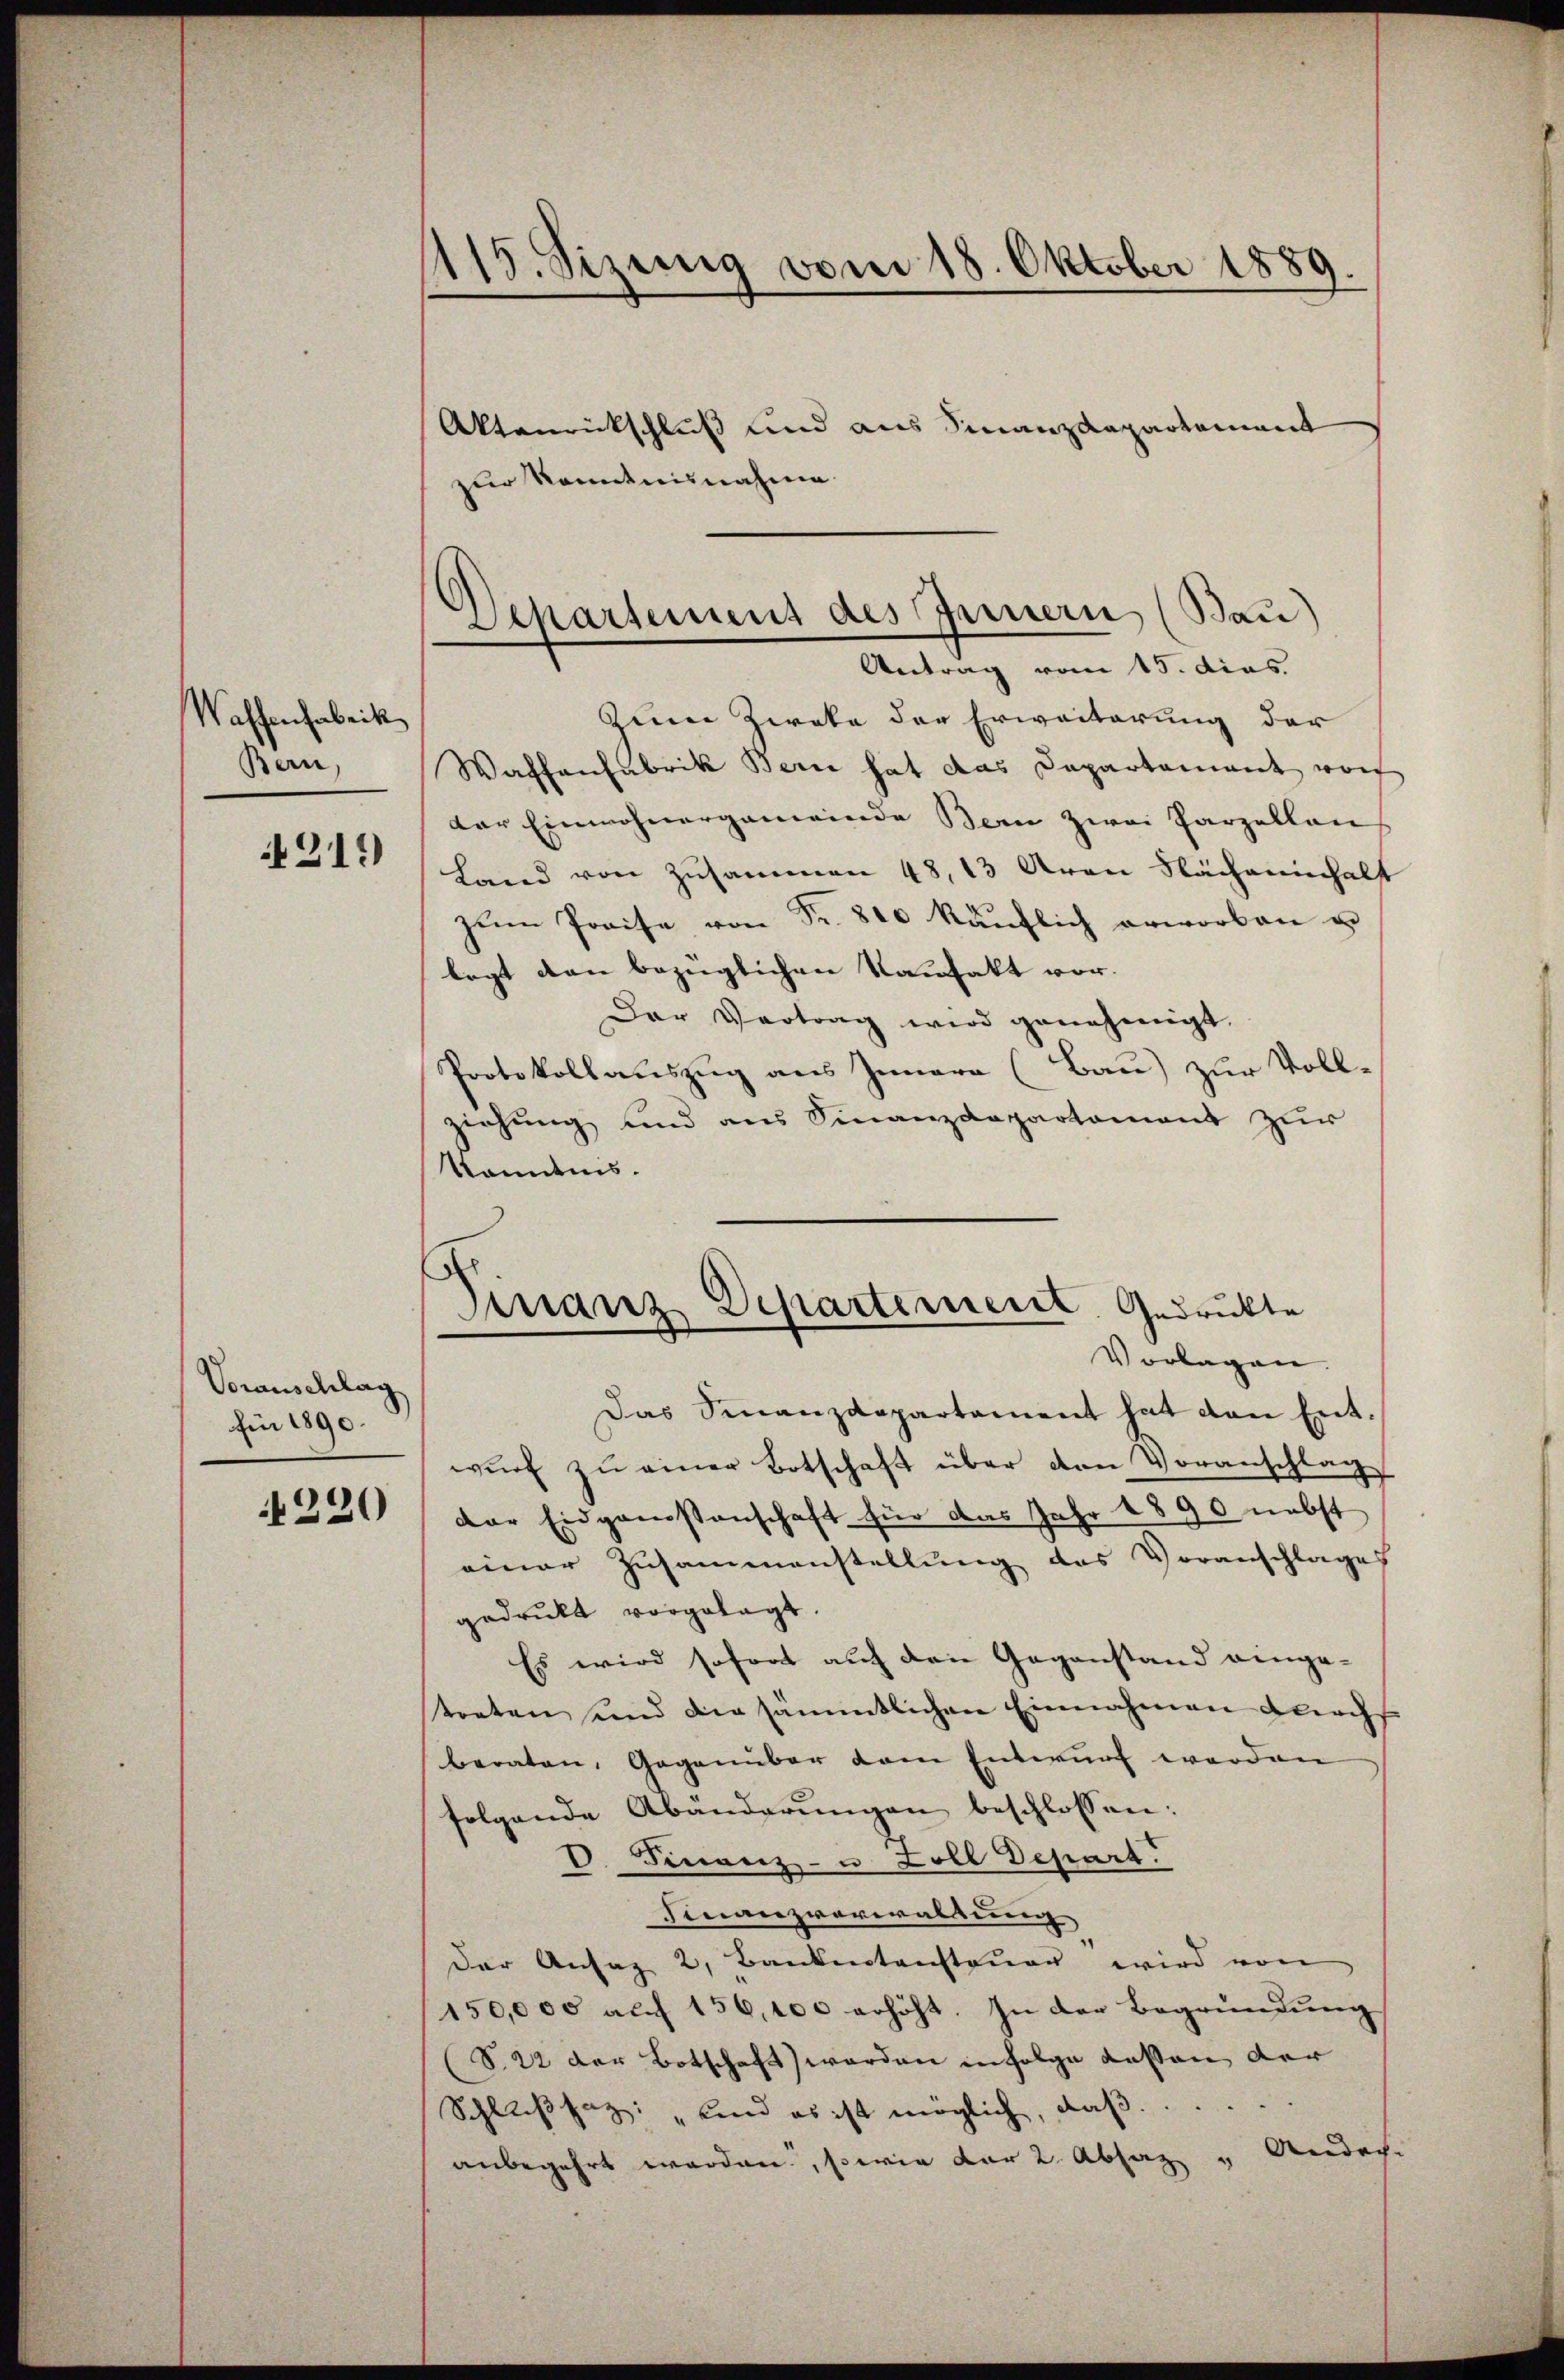
Waffenfabrik
Bern,
4219)

Voranschlag
für 1890.
220

115. Jizung vom 18. Oktober 1889.

Aktenrückschluß und aus Finanzdepartement
zur Kenntnisnahme
Zum Zweka der Erweiterung der
Wachenfabrik Bern hat das Departement wor
dar Einwohnergemeinde Bern zwei Parzellan
Land von Zusammen 48, 13 Arau Nächeninhalt
zŭm Preise von Fr. 800 käŭflich erworben u
legt den bezüglichen Kaufakt vor.
Der Vertrag wird genehmigt.
Protokollauszug aus Innern (Bau) zur Voll-
ziehung und aus Finanzdepartament zur
kanntnis.

Departement des Innern (Bau)
Antrag vom 15. dies

Finanz Departement Gedruckte
Vorlagen.

Das Finanzdepartement hat den Entwŭrf zu einer Botschaft über den Voranschlag
der Eidgenossenschaft für das Jahr 1890 nebst
einer Zusammenstellung des Voranschlages
gedrukt vorgelegt.
Es wird sofort auf den Gegenstand einge-
streten und die sämmtlichen Einnahmen Kirchs
beraten, Gegenüber dem Entwurf werden
folgende Abänderŭngen beschlossen:
D. Finanz- u. Zoll Depart
Finanzverwaltung
der Ansaz 2, Bankentensteuer wird von
150,000 auf 156,100 erhöht. In der Begründung
(S. 22 der Botschaft) werden in Folge dessen der
Schlußfaz: „und es ist möglich, daß
anbegehrt werden, sowie vor 2. Absaz "Andach